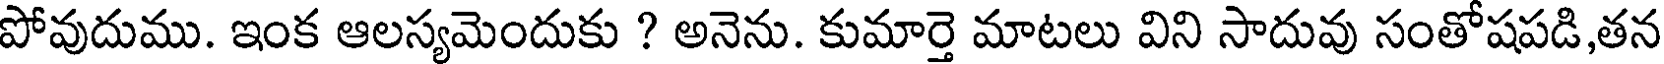
పోవుదుము. ఇంక ఆలస్యమెందుకు ? అనెను. కుమార్తె మాటలు విని సాదువు సంతోషపడి,తన